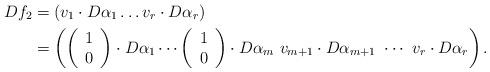
LaTeX: \begin{align*} Df_2 &= \left(v_1\cdot D\alpha_1 \dots v_r\cdot D\alpha_r\right)\\ &= \left( \left( \begin{array}{c} 1\\ 0 \end{array}\right)\cdot D\alpha_1 \cdots \left(\begin{array}{c} 1\\ 0 \end{array} \right)\cdot D\alpha_m ~ v_{m+1} \cdot D\alpha_{m+1} ~\cdots ~ v_r \cdot D \alpha_r\right).\end{align*}